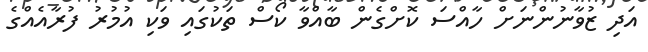
އަދި ޒުވާނުންނަށް ހާއްސަ ކޮށްގެން ބާއްވާ ކޯސް ތަކުގައި ވަކި އުމުރު ފުރާއެއްގެ